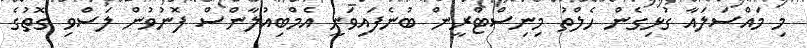
މި މައްސަލައާ ގުޅިގެން ހެލްތު މިނިސްޓްރީން ބުނެފައިވަނީ އެމްބިއުލާންސް ފޮނުވުން ލަސްވި ގޮތުގެ